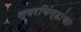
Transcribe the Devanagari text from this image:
स्वरचिंन्हांचा